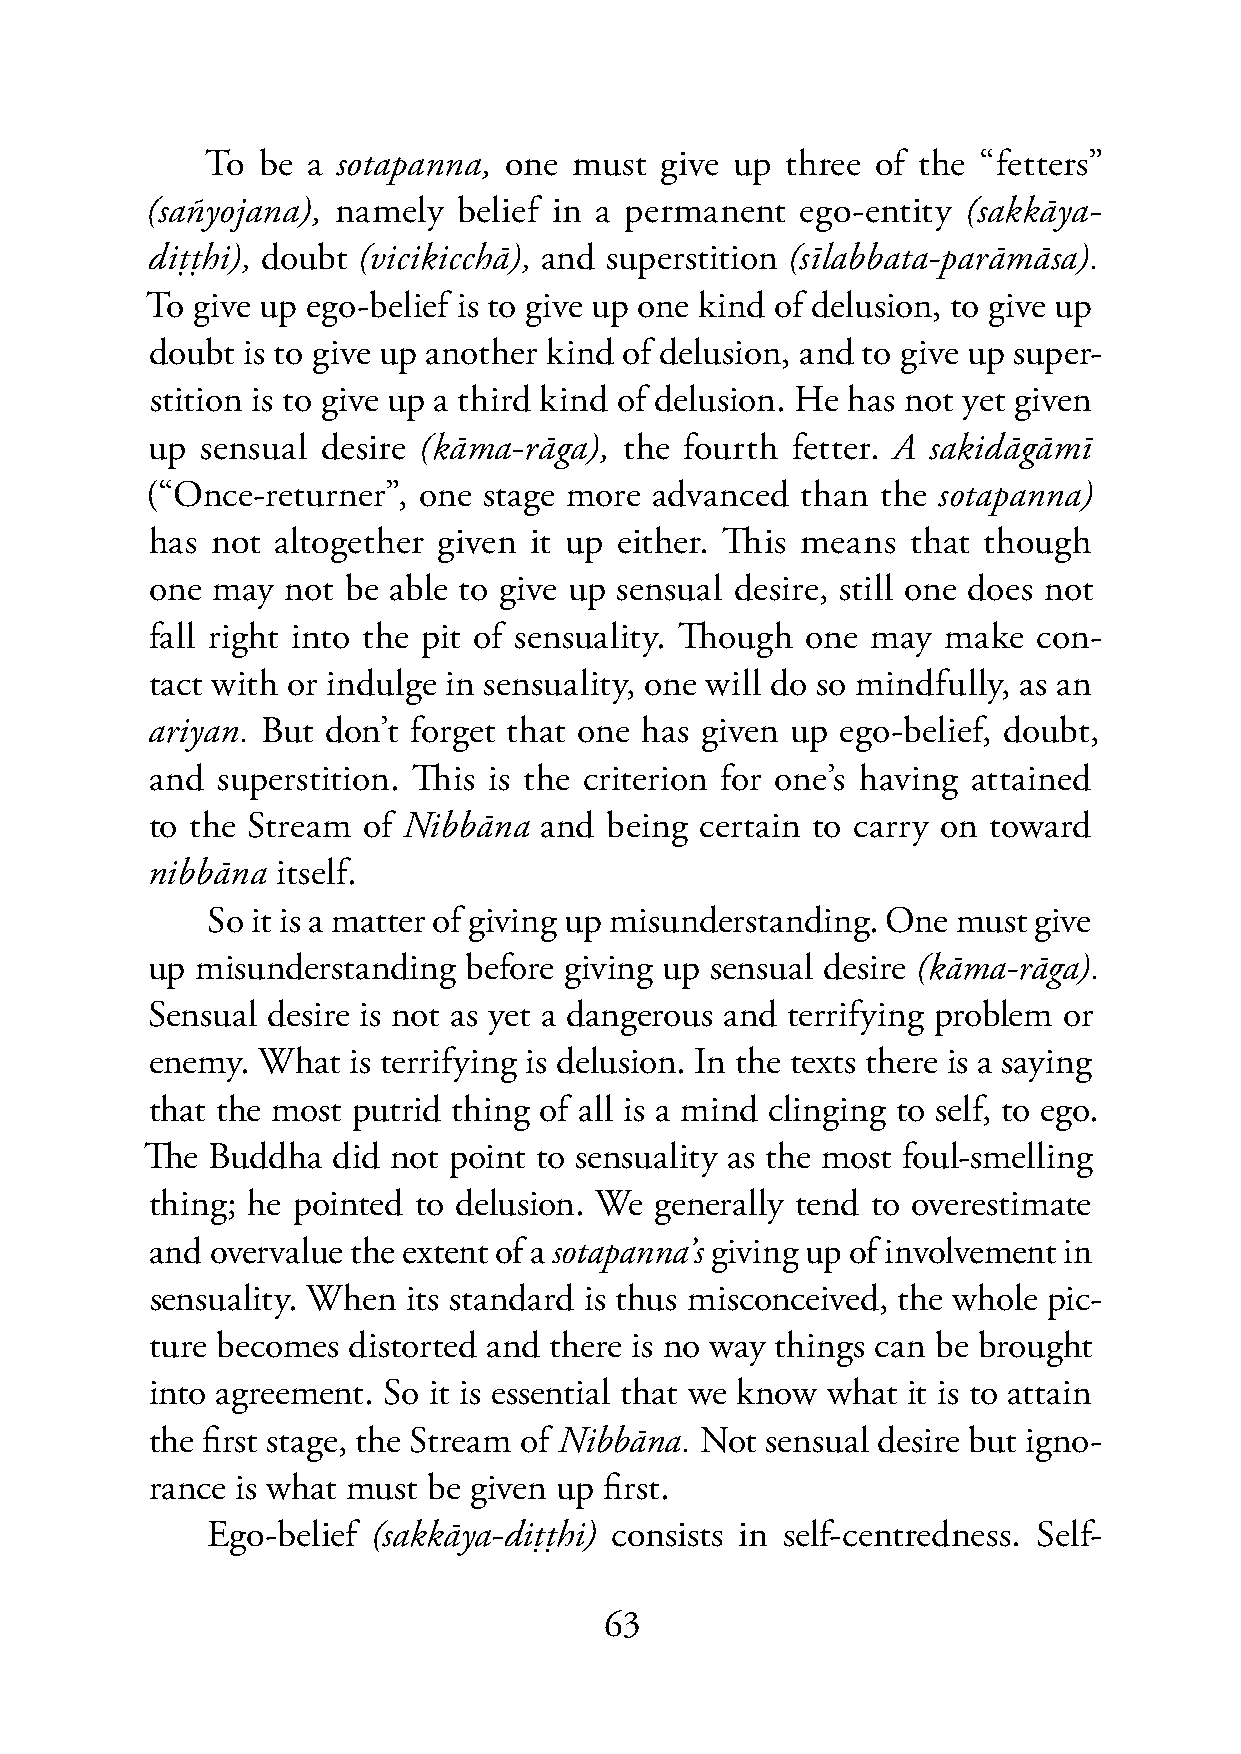
To be a sotapanna, one  must  give up three of the “fetters”
 (sañyojana), namely belief in a permanent  ego-entity (sakkāya-
 diṭṭhi), doubt (vicikicchā), and superstition (sīlabbata-parāmāsa).
 To give up ego-belief is to give up one kind of delusion, to give up
 doubt is to give up another kind of delusion, and to give up super-
 stition is to give up a third kind of delusion. He has not yet given
 up sensual desire (kāma-rāga), the fourth fetter. A sakidāgāmī
 (“Once-returner”, one stage more advanced  than the sotapanna)
 has not altogether given it up either. This means that though
 one may  not be able to give up sensual desire, still one does not
 fall right into the pit of sensuality. Though one may make con-
 tact with or indulge in sensuality, one will do so mindfully, as an
 ariyan. But don’t forget that one has given up ego-belief, doubt,
 and superstition. This is the criterion for one’s having attained
 to the Stream of Nibbāna  and being certain to carry on toward
 nibbāna itself.
 So it is a matter of giving up misunderstanding. One must give
 up misunderstanding  before giving up sensual desire (kāma-rāga).
 Sensual desire is not as yet a dangerous and terrifying problem or
 enemy. What  is terrifying is delusion. In the texts there is a saying
 that the most putrid thing of all is a mind clinging to self, to ego.
 The Buddha  did not point to sensuality as the most foul-smelling
 thing; he pointed to delusion. We generally tend to overestimate
 and overvalue the extent of a sotapanna’s giving up of involvement in
 sensuality. When its standard is thus misconceived, the whole pic-
 ture becomes distorted and there is no way things can be brought
 into agreement. So it is essential that we know what it is to attain
 the first stage, the Stream of Nibbāna. Not sensual desire but igno-
 rance is what must be given up first.
 Ego-belief (sakkāya-diṭṭhi) consists in self-centredness. Self-
 63